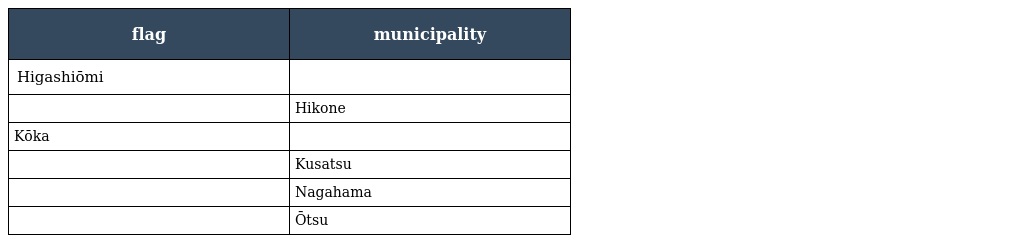
| flag | municipality |
 | --- | --- |
 | Higashiōmi |  |
 |  | Hikone |
 | Kōka |  |
 |  | Kusatsu |
 |  | Nagahama |
 |  | Ōtsu |